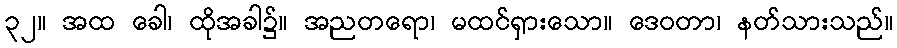
၃၂။ အထ ခေါ၊ ထိုအခါ၌။ အညတရော၊ မထင်ရှားသော။ ဒေဝတာ၊ နတ်သားသည်။